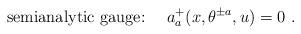
LaTeX: \begin{align*}\mbox{semianalytic gauge:} \ \ \ \ a^+_a (x, \theta^{\pm a}, u) = 0 \ .\end{align*}